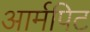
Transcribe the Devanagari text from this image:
आर्मपिट